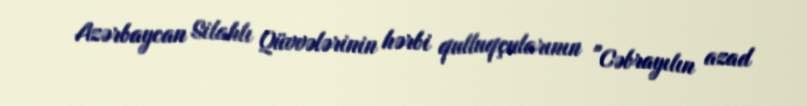
Azərbaycan Silahlı Qüvvələrinin hərbi qulluqçularının "Cəbrayılın azad